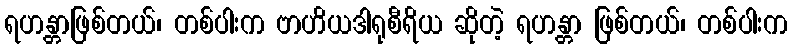
ရဟန္တာဖြစ်တယ်၊ တစ်ပါးက ဗာဟိယဒါရုစီရိယ ဆိုတဲ့ ရဟန္တာ ဖြစ်တယ်၊ တစ်ပါးက